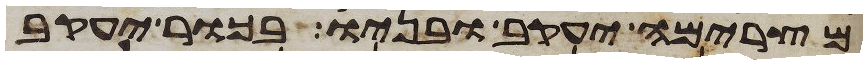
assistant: מצרימה יעקב ובניו בכור יעקב